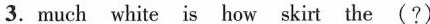
3.much white is how skirt the (?)